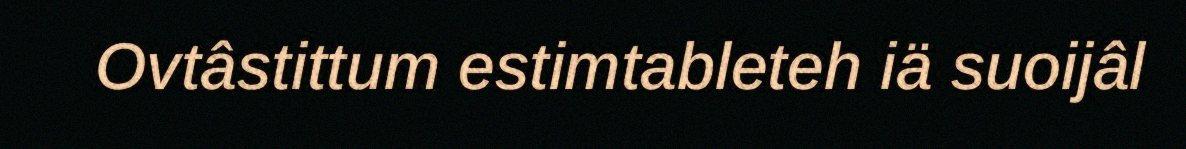
Ovtâstittum estimtableteh iä suoijâl